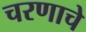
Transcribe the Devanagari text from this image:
चरणाचे